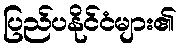
ပြည်ပနိုင်ငံများ၏